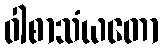
ဝါစာသံယတော